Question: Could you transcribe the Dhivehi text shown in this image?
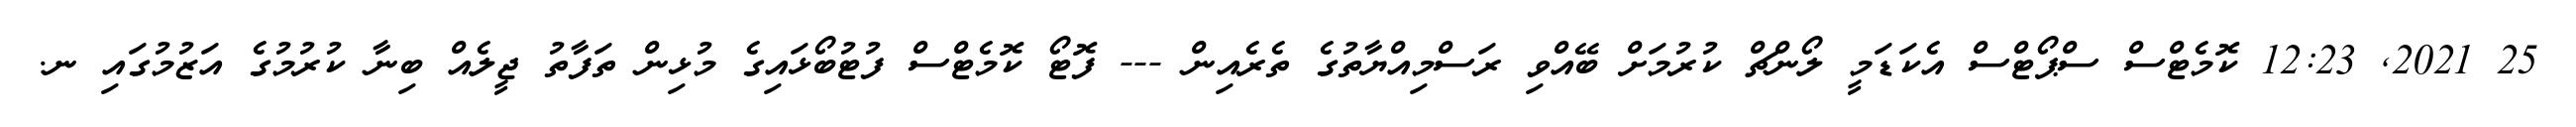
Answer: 25 2021, 12:23 ކޮމެޓްސް ސްޕޯޓްސް އެކަޑަމީ ލޯންޗް ކުރުމަށް ބޭއްވި ރަސްމިއްޔާތުގެ ތެރެއިން --- ފޮޓޯ ކޮމެޓްސް ފުޓުބޯޅައިގެ މުޅިން ތަފާތު ޖީލެއް ބިނާ ކުރުމުގެ އަޒުމުގައި ނ.